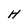
Character: H